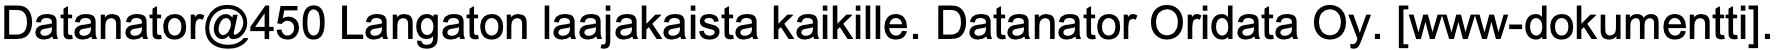
Datanator@450 Langaton laajakaista kaikille. Datanator Oridata Oy. [www-dokumentti].